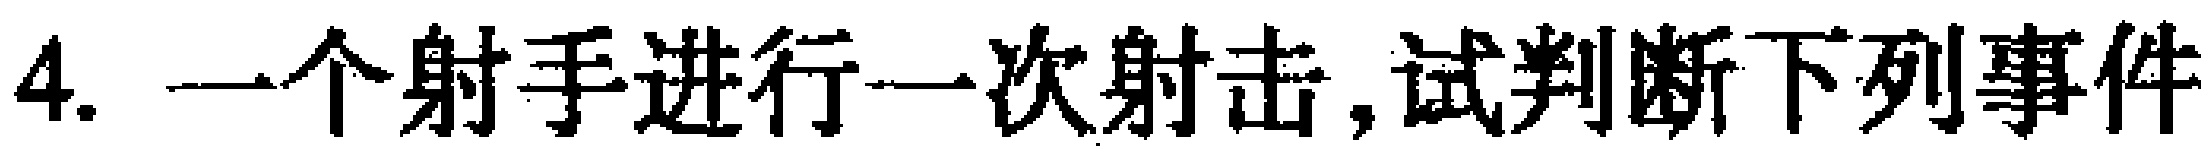
4. 一个射手进行一次射击,试判断下列事件